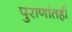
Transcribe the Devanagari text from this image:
पुराणांतही